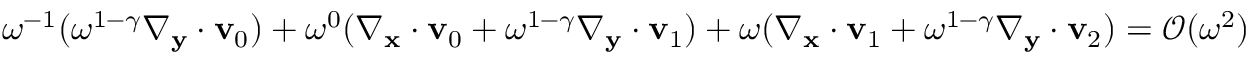
\begin{array} { r } { \omega ^ { - 1 } ( \omega ^ { 1 - \gamma } \nabla _ { \mathbf y } \cdot \mathbf v _ { 0 } ) + \omega ^ { 0 } ( \nabla _ { \mathbf x } \cdot \mathbf v _ { 0 } + \omega ^ { 1 - \gamma } \nabla _ { \mathbf y } \cdot \mathbf v _ { 1 } ) + \omega ( \nabla _ { \mathbf x } \cdot \mathbf v _ { 1 } + \omega ^ { 1 - \gamma } \nabla _ { \mathbf y } \cdot \mathbf v _ { 2 } ) = \mathcal { O } ( \omega ^ { 2 } ) } \end{array}